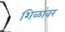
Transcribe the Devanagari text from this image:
शिळांवर